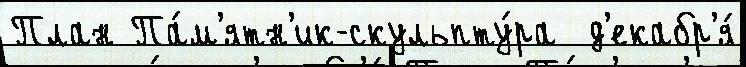
План Па́м'ятн'ик-скульпту́ра  д'екабр'я́